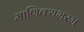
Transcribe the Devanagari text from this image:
माणिक्यभस्म